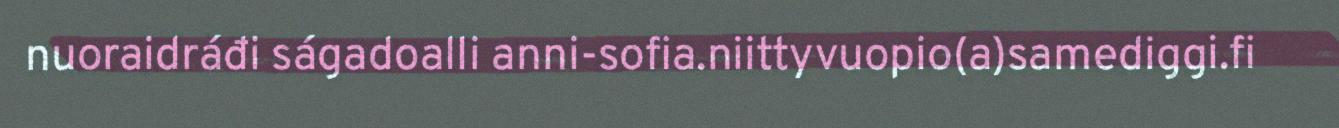
nuoraidráđi ságadoalli anni-sofia.niittyvuopio(a)samediggi.fi